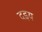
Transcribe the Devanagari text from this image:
दइय